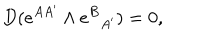
LaTeX: D ( e ^ { A A ^ { \prime } } \wedge e ^ { B } { } _ { A ^ { \prime } } ) = 0 ,